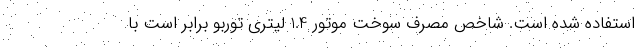
استفاده شده است. شاخص مصرف سوخت موتور 1.4 لیتری توربو برابر است با